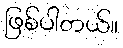
ဖြစ်ပါတယ်။